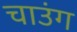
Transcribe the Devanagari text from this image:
चाउंग